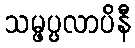
သမ္ဖပ္ပလာပိနီ